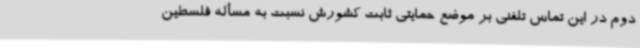
دوم در این تماس تلفنی بر موضع حمایتی ثابت کشورش نسبت به مسأله فلسطین